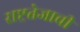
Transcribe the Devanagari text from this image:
राष्ट्रतेजाची